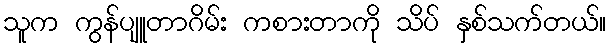
သူက ကွန်ပျူတာဂိမ်း ကစားတာကို သိပ် နှစ်သက်တယ်။